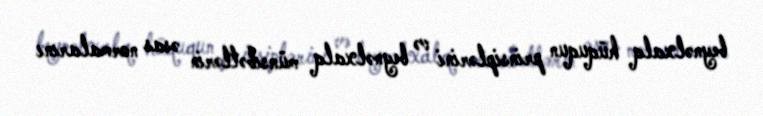
beynəlxalq hüququn prinsiplərini və beynəlxalq münsibətlərin əsas normalarını